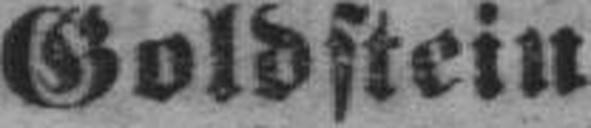
Goldstein